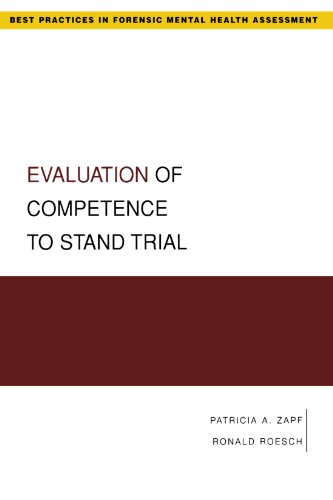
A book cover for Evaluation of Competence to Stand Trial (Best Practices in Forensic Mental Health Assessment); Patricia Zapf; Medical Books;